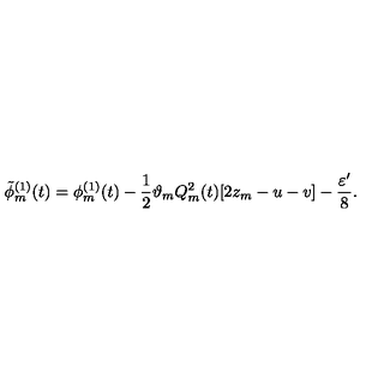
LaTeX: \tilde { \phi } _ { m } ^ { ( 1 ) } ( t ) = \phi _ { m } ^ { ( 1 ) } ( t ) - \frac { 1 } { 2 } \vartheta _ { m } Q _ { m } ^ { 2 } ( t ) [ 2 z _ { m } - u - v ] - \frac { \varepsilon ^ { \prime } } { 8 } .